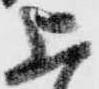
上